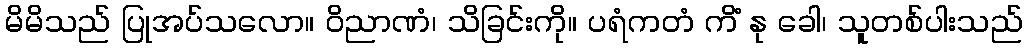
မိမိသည် ပြုအပ်သလော။ ဝိညာဏံ၊ သိခြင်းကို။ ပရံကတံ ကိံ နု ခေါ၊ သူတစ်ပါးသည်